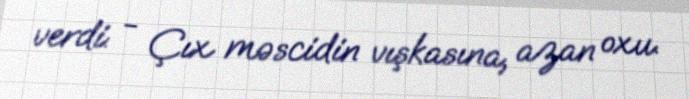
verdi: - Çıx məscidin vışkasına, azan oxu.